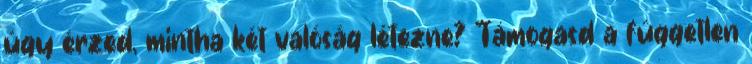
úgy érzed, mintha két valóság létezne? Támogasd a független